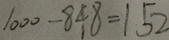
1 0 0 0 - 8 4 8 = 1 5 2